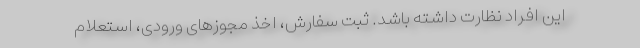
این افراد نظارت داشته باشد. ثبت سفارش، اخذ مجوز‌های ورودی، استعلام